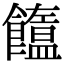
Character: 𩟣